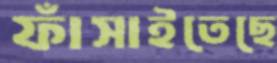
ফাঁসাইতেছে